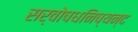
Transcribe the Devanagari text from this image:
सर्वोषधनिष्यन्द